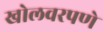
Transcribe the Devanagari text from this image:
खोलवरपणे